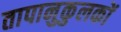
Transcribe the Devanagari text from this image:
तापानुकुलकों